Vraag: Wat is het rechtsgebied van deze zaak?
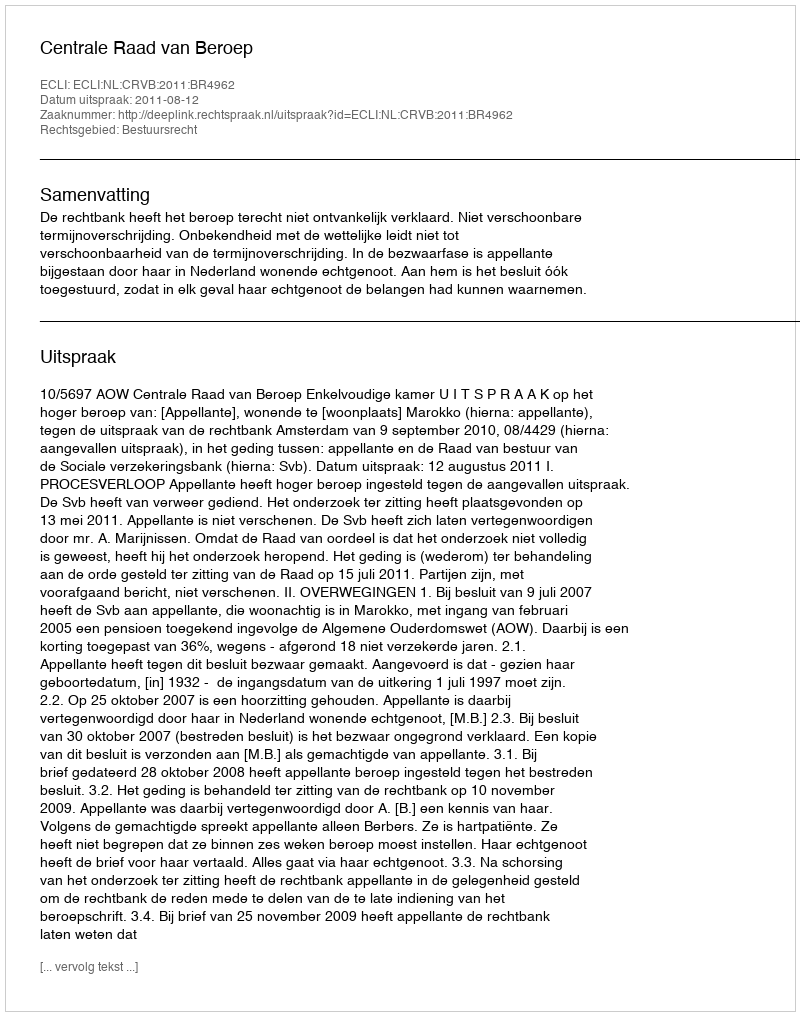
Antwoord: Bestuursrecht